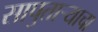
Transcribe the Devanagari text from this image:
सापुताऱ्याचा